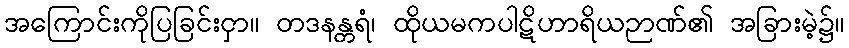
အကြောင်းကိုပြခြင်းငှာ။ တဒနန္တရံ၊ ထိုယမကပါဋိဟာရိယဉာဏ်၏ အခြားမဲ့၌။